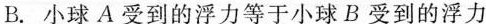
B. 小球 A 受到的浮力等于小球 B 受到的浮力